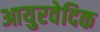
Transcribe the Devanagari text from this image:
आयुरवेदिक